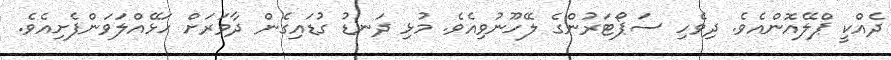
ދެއްކީ ޕްލޭއޮންއެެވެ. ދިވެހި ސަޕޯޓަރުންގެ ލޭހޫނުވިއެވެ. މުޅި ދަނޑު ގުޑައިގެން ދާވަރަށް ހަޅޭއްލަވަންފެށިއެވެ.